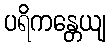
ပရိကန္တေယျ